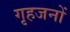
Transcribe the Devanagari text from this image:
गृहजनों